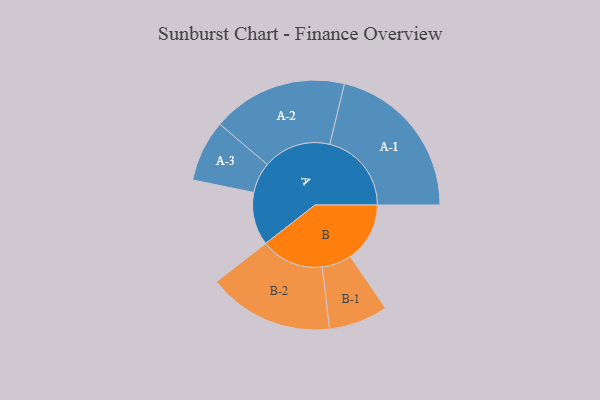
{"axis": {"x": "Segment", "y": "Value"}, "legend": ["", "A", "B"], "data": [{"x": "A", "y": 186, "type": ""}, {"x": "B", "y": 209, "type": ""}, {"x": "A-1", "y": 287, "type": "A"}, {"x": "A-2", "y": 238, "type": "A"}, {"x": "A-3", "y": 108, "type": "A"}, {"x": "B-1", "y": 104, "type": "B"}, {"x": "B-2", "y": 221, "type": "B"}]}